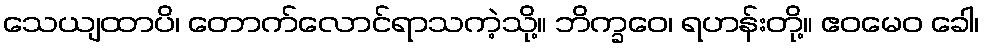
သေယျထာပိ၊ တောက်လောင်ရာသကဲ့သို့။ ဘိက္ခဝေ၊ ရဟန်းတို့။ ဧဝမေဝ ခေါ၊